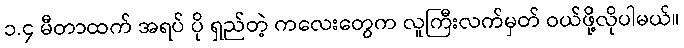
၁.၄ မီတာထက် အရပ် ပို ရှည်တဲ့ ကလေးတွေက လူကြီးလက်မှတ် ဝယ်ဖို့လိုပါမယ်။